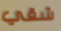
شقي